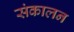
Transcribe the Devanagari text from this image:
संकालन